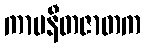
ကာမနီတဇာတက